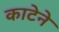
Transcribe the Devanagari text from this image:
काटेने